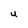
Character: U